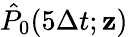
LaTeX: \hat{P}_{0}(5\Delta t;{\mathbf z})